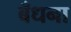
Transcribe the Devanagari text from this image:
बँधना